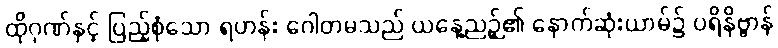
ထိုဂုဏ်နှင့် ပြည့်စုံသော ရဟန်း ဂေါတမသည် ယနေ့ညဉ့်၏ နောက်ဆုံးယာမ်၌ ပရိနိဗ္ဗာန်